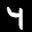
Label: 4